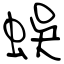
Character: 蜈